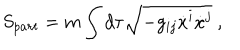
LaTeX: S _ { p a r t } = m \int d \tau \sqrt { - g _ { i j } \dot { x } ^ { i } \dot { x } ^ { j } } ~ ,